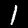
Label: 1